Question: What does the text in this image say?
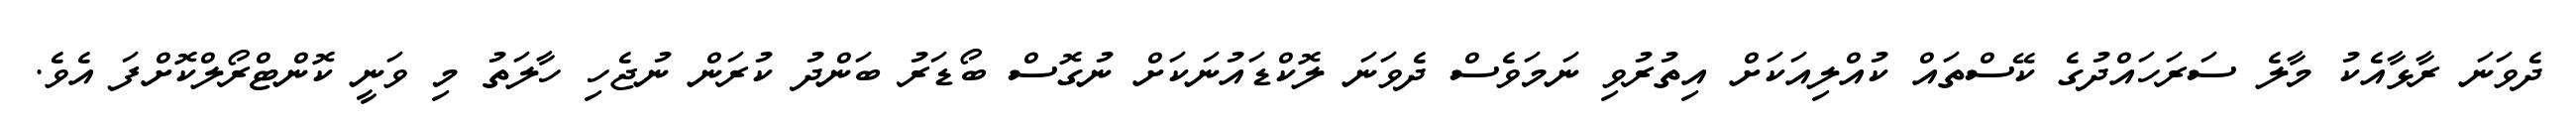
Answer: ދެވަނަ ރާޅާއެކު މާލެ ސަރަހައްދުގެ ކޭސްތައް ކުއްލިއަކަށް އިތުރުވި ނަމަވެސް ދެވަނަ ލޮކްޑައުނަކަށް ނުގޮސް ބޯޑަރު ބަންދު ކުރަން ނުޖެހި ހާލަތު މި ވަނީ ކޮންޓްރޯލްކޮށްފަ އެވެ.